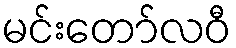
မင်းတော်လဝီ